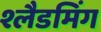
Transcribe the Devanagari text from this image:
श्लैडमिंग